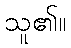
သူ၏။